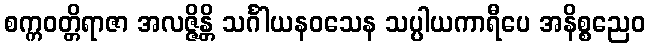
စက္ကဝတ္တိရာဇာ အလဇ္ဇိန္တိ သင်္ဂါယနဝသေန သပ္ပါယကာရီပေ အနိစ္စညေဝ